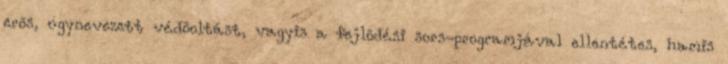
erõs, úgynevezett védõoltást, vagyis a fejlõdési sors-programjával ellentétes, hamis